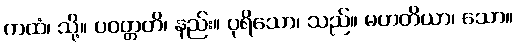
ကထံ၊ သို့။ ပဝတ္တတိ၊ နည်း။ ပုရိသော၊ သည်။ မဟတိယာ၊ သော။